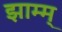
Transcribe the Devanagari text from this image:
झाम्म्